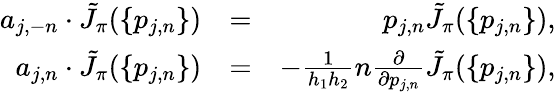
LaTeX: \begin{array}{rlr}{a_{j,-n}\cdot\tilde{J}_{\pi}(\{ p_{j,n}\} )}&{=}&{p_{j,n}\tilde{J}_{\pi}(\{ p_{j,n}\} ),}\\ {a_{j,n}\cdot\tilde{J}_{\pi}(\{ p_{j,n}\} )}&{=}&{-\frac{1}{h_{1}h_{2}}n\frac{\partial}{\partial p_{j,n}}\tilde{J}_{\pi}(\{ p_{j,n}\} ),}\end{array}